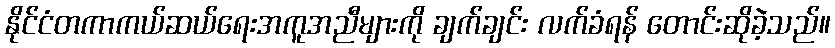
နိုင်ငံတကာကယ်ဆယ်ရေးအကူအညီများကို ချက်ချင်း လက်ခံရန် တောင်းဆိုခဲ့သည်။